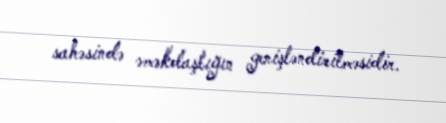
sahəsində əməkdaşlığın genişləndirilməsidir.